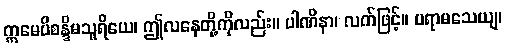
ဣမေပိစန္ဒိမသူရိယေ၊ ဤလနေတို့ကိုလည်း။ ပါဏိနာ၊ လက်ဖြင့်။ ပရာမသေယျ၊